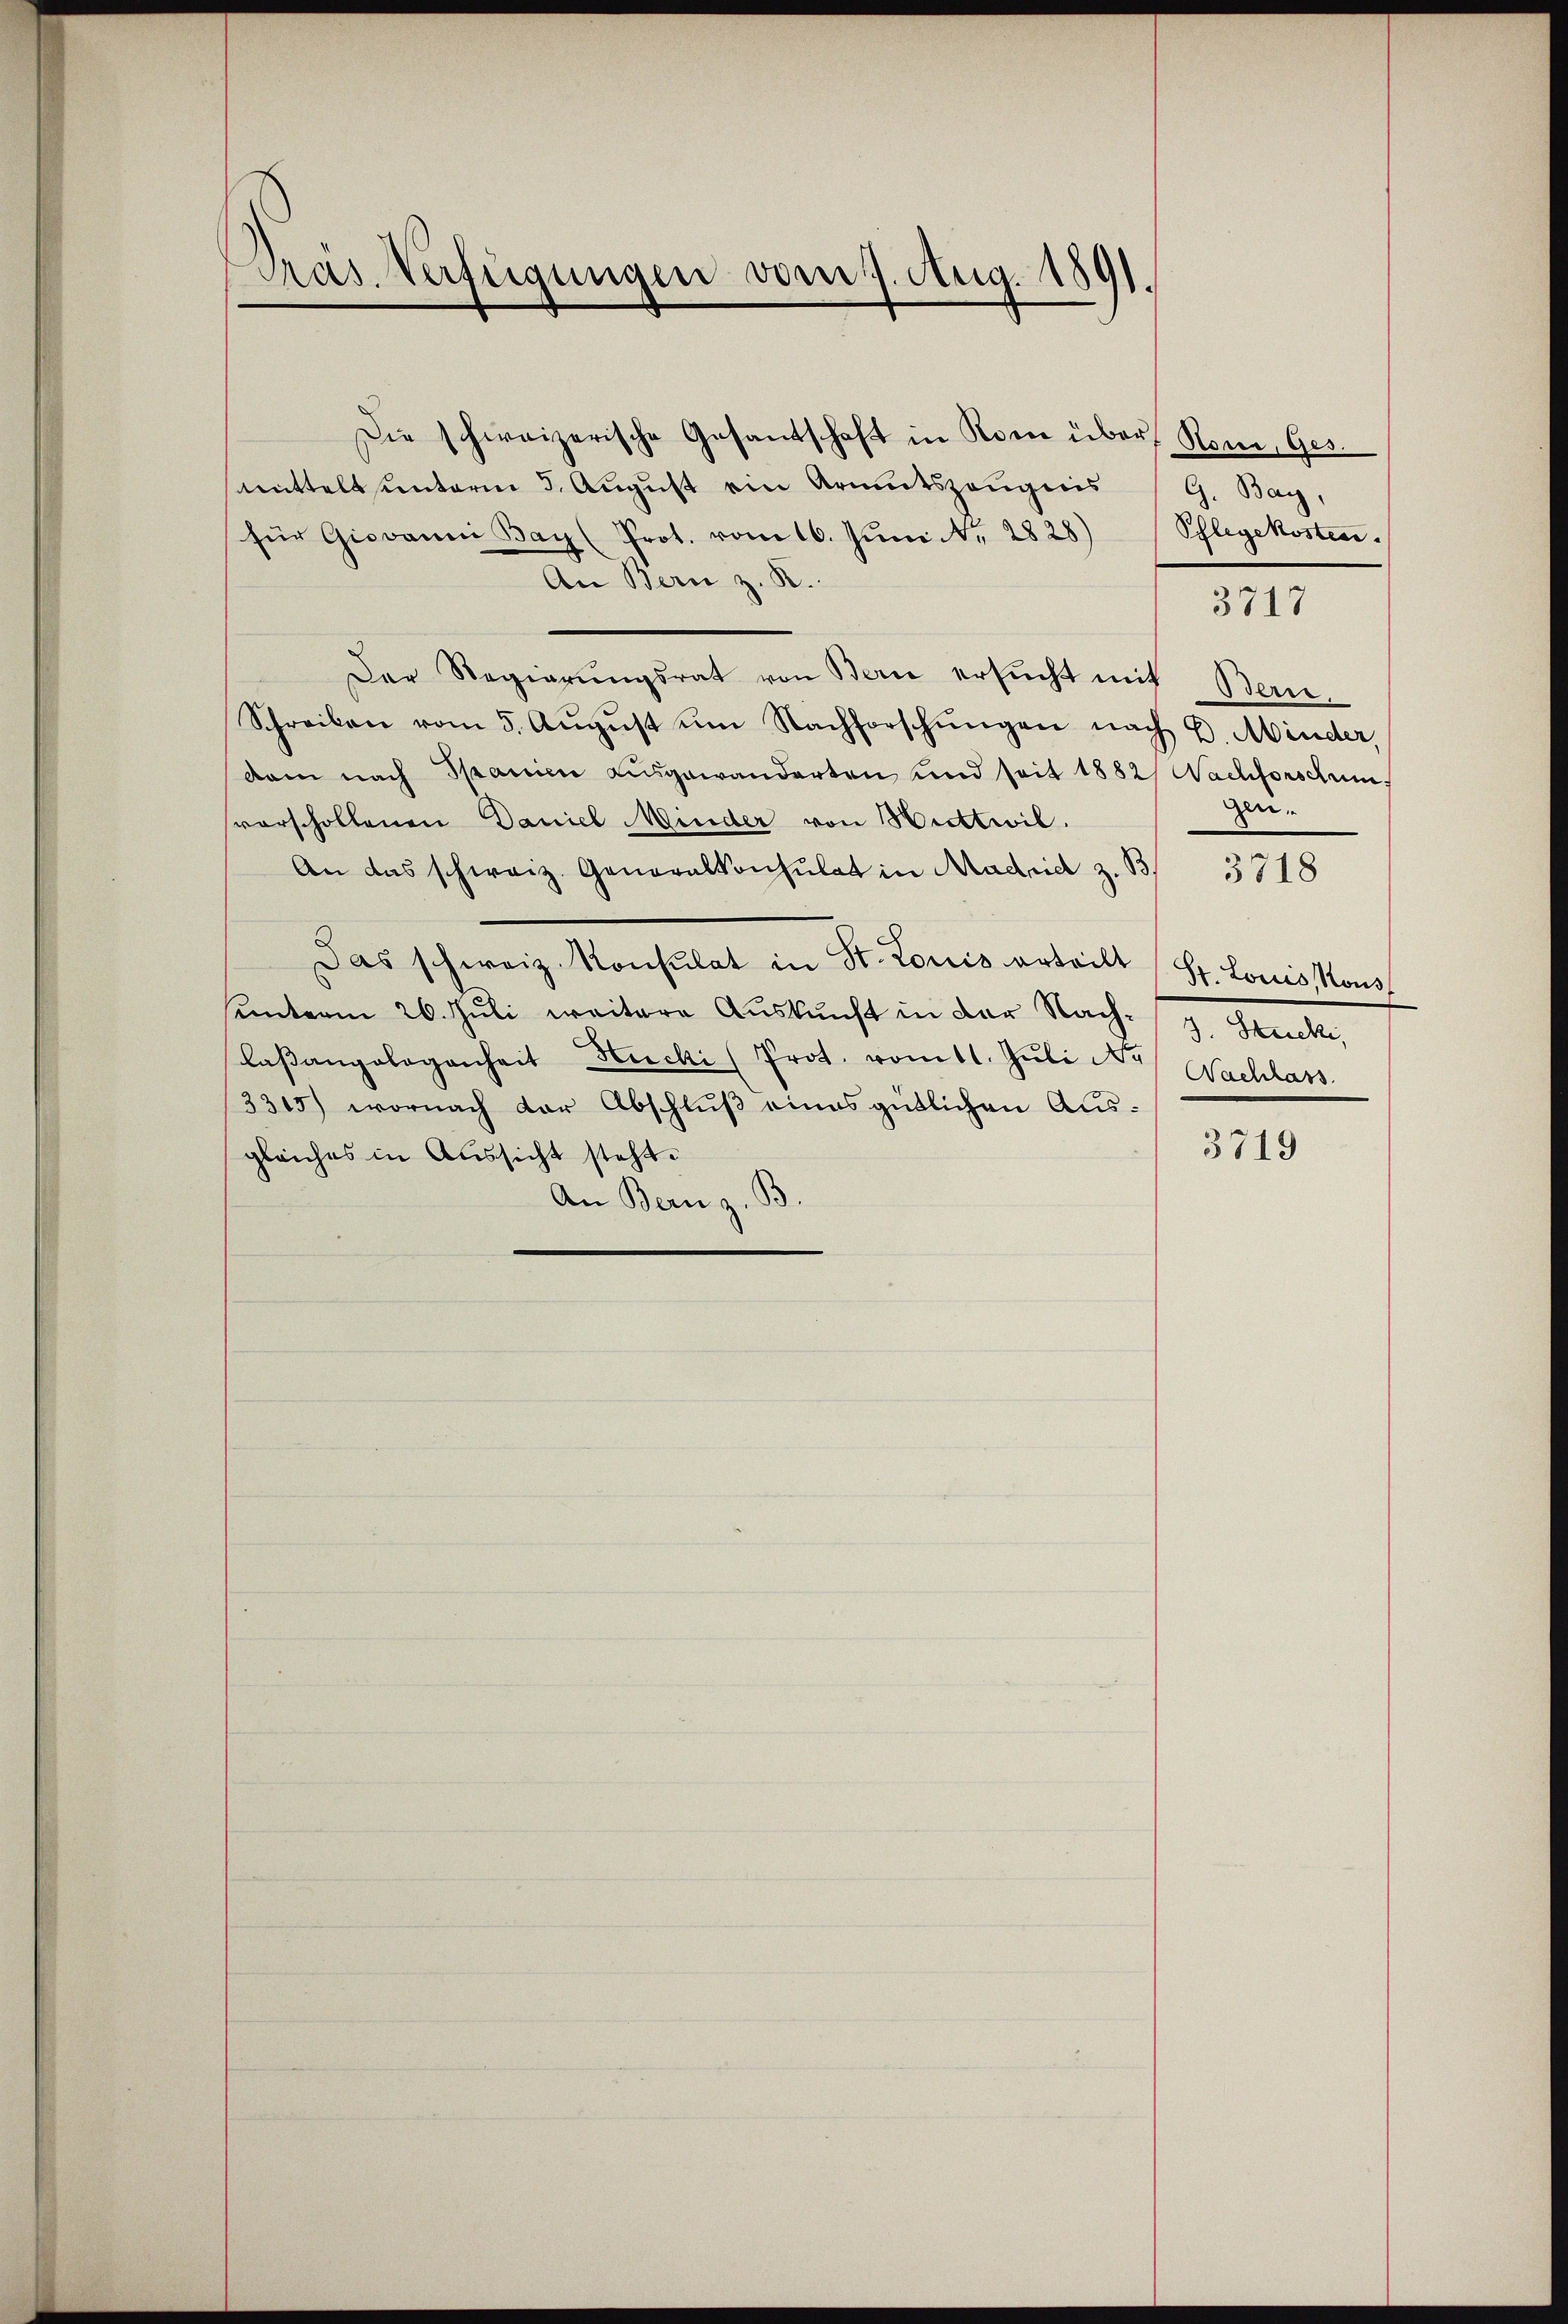
Pras. Verfügungen vom 7. Aug. 1891.

mittels unterm 3. August ein Armutszeugnis
für Giovanni Bay (Prot. vom 16. Juni A. 2828)
An Bern z. R.
Der Regierŭngsrat von Berne ersŭcht mit Bern,
Schreiben vom 5. Aŭgŭst um Nachforschŭngen nach E. Minder,
dam nach Spanici ausgewanderten und seit 1882/ Nachforschunvorscholtenen Daniel Minder von Huttwil.
An das schweiz. Generalkonsulat in Madrid z. B
Das schweiz. Konsulat in St. Louis erteilt
hunterm 26. Juli weitere Auskunft in der Nach¬
Casangelegenheit Hucki (Prot. vom 11. Juli A. Nachlass
3315) wornach der Abschluß eines gütlichen Ausgleiches in Aussicht steht.
An Bern z. B.

Die schweizerische Gesandschaft in Rom über, Rom, Ges.

G. Bay,
Schlegekosten.

3717

Gen.

3718

S. Louis, Nous
3. Stucki,

3719